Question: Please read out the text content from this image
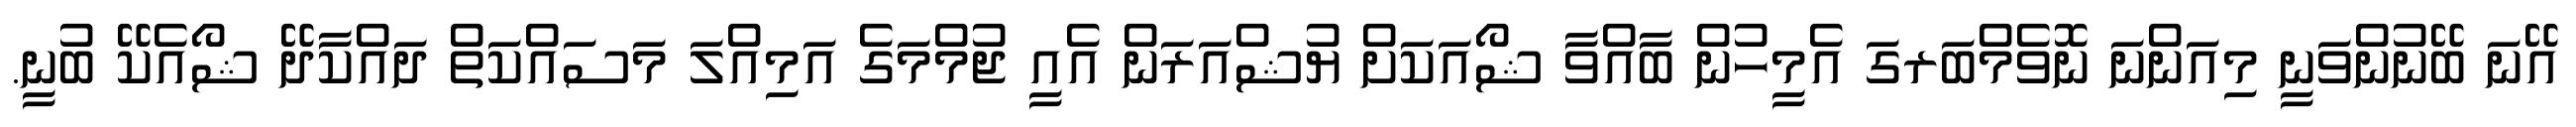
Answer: އޭނަ ބޭނުންވަނީ މިއަންނަ ނޮވެމްބަރގަ އެމީހުން ބާއްވާ ޝޯއަކަށް ޔުޝްއަރަން އެއީ ޖުމްމަގެ އަމިއްލަ މަސައްކަތް ދައްކާދޭ ޝޯއެކޭ ބުނީ.